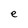
Character: e